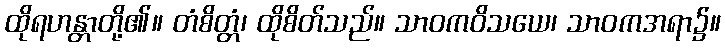
ထိုရဟန္တာတို့၏။ တံစိတ္တံ၊ ထိုစိတ်သည်။ သာဝကဝိသယေ၊ သာဝကအရာ၌။